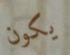
يكون